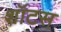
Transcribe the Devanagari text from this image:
शॉटस